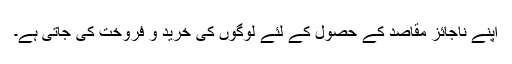
اپنے ناجائز مقاصد کے حصول کے لئے لوگوں کی خرید و فروخت کی جاتی ہے۔